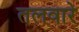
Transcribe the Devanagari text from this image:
तलवारे